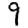
Digit: 9